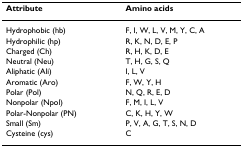
<table><thead><tr><td><b>Attribute</b></td><td><b>Amino acids</b></td></tr></thead><tbody><tr><td>Hydrophobic (hb)</td><td>F, I, W, L, V, M, Y, C, A</td></tr><tr><td>Hydrophilic (hp)</td><td>R, K, N, D, E, P</td></tr><tr><td>Charged (Ch)</td><td>R, H, K, D, E</td></tr><tr><td>Neutral (Neu)</td><td>T, H, G, S, Q</td></tr><tr><td>Aliphatic (Ali)</td><td>I, L, V</td></tr><tr><td>Aromatic (Aro)</td><td>F, W, Y, H</td></tr><tr><td>Polar (Pol)</td><td>N, Q, R, E, D</td></tr><tr><td>Nonpolar (Npol)</td><td>F, M, I, L, V</td></tr><tr><td>Polar-Nonpolar (PN)</td><td>C, K, H, Y, W</td></tr><tr><td>Small (Sm)</td><td>P, V, A, G, T, S, N, D</td></tr><tr><td>Cysteine (cys)</td><td>C</td></tr></tbody></table>